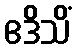
ဧဒိသိံ